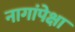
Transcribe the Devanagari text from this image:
नागांपेक्षा